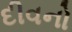
દીવનો